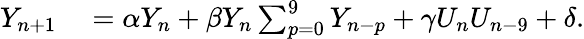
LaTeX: \begin{array}{rl}{Y_{n+1}}&{{}=\alpha Y_{n}+\beta Y_{n}\sum_{p=0}^{9}Y_{n-p}+\gamma U_{n}U_{n-9}+\delta.}\end{array}